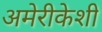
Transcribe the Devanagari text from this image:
अमेरीकेशी